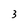
Character: 3